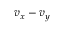
v _ { x } - v _ { y }